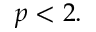
p < 2 .